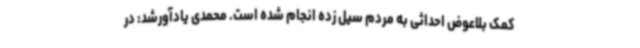
کمک بلاعوض احداثی به مردم سیل زده انجام شده است. محمدی یادآورشد: در